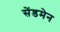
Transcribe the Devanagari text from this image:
सेंडमेन